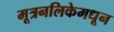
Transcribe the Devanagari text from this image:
मूत्रनलिकेमधून